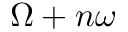
\Omega + n \omega